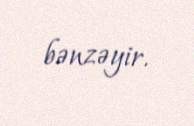
bənzəyir.